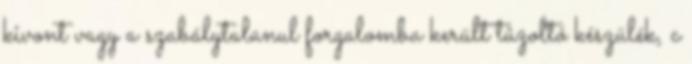
kivont vagy a szabálytalanul forgalomba került tûzoltó készülék, c